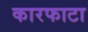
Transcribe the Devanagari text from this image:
कारफाटा